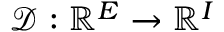
\mathcal { D } : \mathbb { R } ^ { E } \rightarrow \mathbb { R } ^ { I }